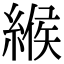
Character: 緱